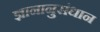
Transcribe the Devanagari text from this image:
ज्ञानानुसंधान